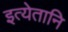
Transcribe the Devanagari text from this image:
इत्येतानि